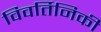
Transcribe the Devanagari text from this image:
विवर्तिनिकी